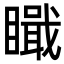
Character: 𥊬